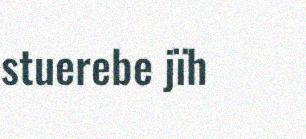
stuerebe jïh